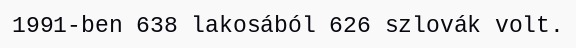
1991-ben 638 lakosából 626 szlovák volt.